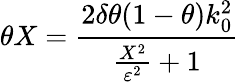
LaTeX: \theta X=\frac{2\delta\theta(1-\theta)k_{0}^{2}}{\frac{X^{2}}{\varepsilon^{2}}+1}